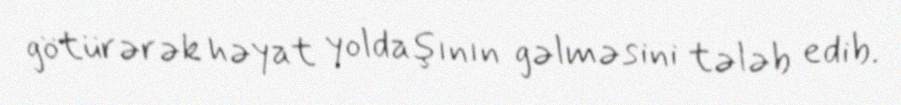
götürərək həyat yoldaşının gəlməsini tələb edib.